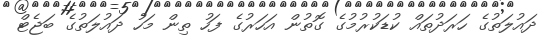
ދައުލަތުގެ ހަރަދުތައް ކުޑަކުރުމުގެ ގޮތުން އަހަރުގެ ފަހު ތިން މަހު ދައުލަތުގެ ބަޖެޓް